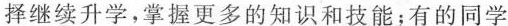
择继续升学，掌握更多的知识和技能；有的同学